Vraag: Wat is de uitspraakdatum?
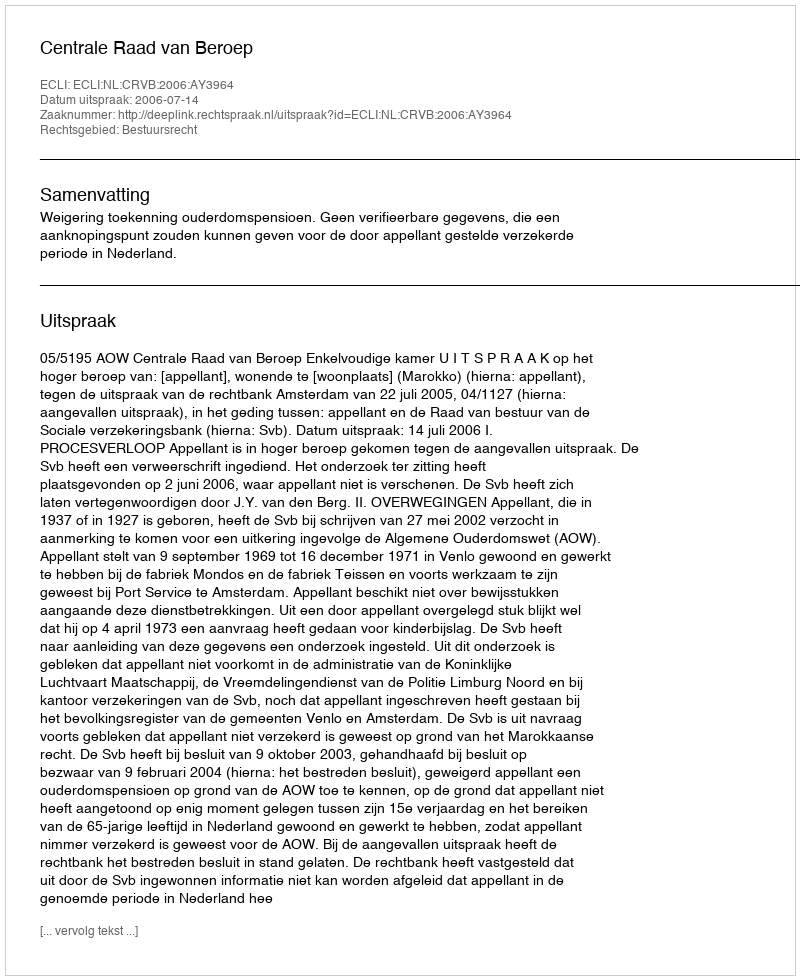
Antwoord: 2006-07-14